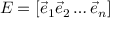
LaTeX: E = [ { \vec { e } } _ { 1 } { \vec { e } } _ { 2 } \ldots { \vec { e } } _ { n } ]